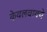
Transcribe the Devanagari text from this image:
केवलवाक्ये